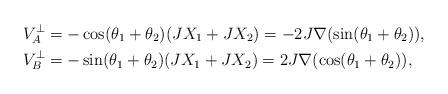
LaTeX: \begin{align*}V_A^{\perp}&=-\cos(\theta_1+\theta_2)(JX_1+JX_2)=-2J\nabla(\sin(\theta_1+\theta_2)),\\V_B^{\perp}&=-\sin(\theta_1+\theta_2)(JX_1+JX_2)=2J\nabla(\cos(\theta_1+\theta_2)),\end{align*}